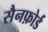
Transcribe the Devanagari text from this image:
सैनफ़ोर्ड